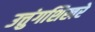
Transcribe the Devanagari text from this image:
उत्तुंगशिखरे